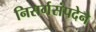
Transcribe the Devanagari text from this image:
निसर्गसंपदेने